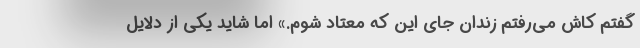
گفتم کاش می‌رفتم زندان جای این که معتاد شوم.» اما شاید یکی از دلایل